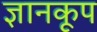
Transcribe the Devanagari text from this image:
ज्ञानकूप